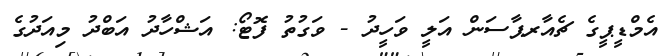
އެމްޑީޕީގެ ޗެއާރޕާސަން އަލީ ވަހީދު - ވަގުތު ފޮޓޯ: އަޝްހާދު އަބްދު މިއަދުގެ